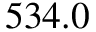
5 3 4 . 0